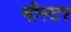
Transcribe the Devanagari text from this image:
नीस्टर